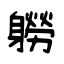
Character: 軂